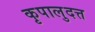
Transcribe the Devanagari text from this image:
कृपालुदत्त